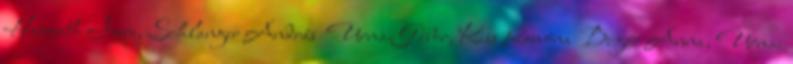
Harmath Imre, Schlanger András Urmai Gábor, Kiss Ramóna Bugár Anna, Urmai